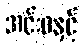
အင်းဝနှင့်